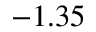
- 1 . 3 5